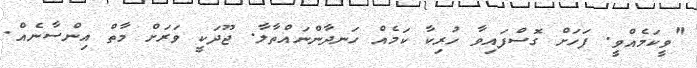
"ވީކަމެއްވީ. ފަހަށް ގޮސްފައިވާ ހުރިކާ ކަމެއް ހަނދާންނައްތާލާ. ޖޫދަކީ ވަރަށް މާތް އިންސާނެއް.